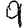
Digit: 9